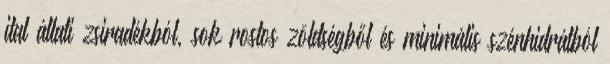
ital állati zsiradékból, sok rostos zöldségből és minimális szénhidrátból